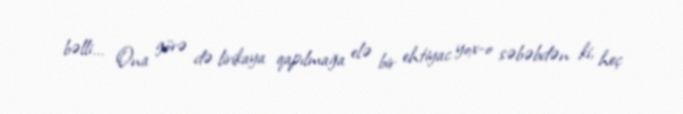
bəlli... Ona görə də lirikaya qapılmağa elə bir ehtiyac yox-o səbəbdən ki, heç